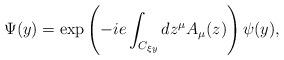
LaTeX: \begin{align*}\Psi (y)=\exp \left( -ie\int_{C_{\xi y}}dz^{\mu }A_{\mu }(z)\right) \psi (y),\end{align*}